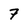
Character: 7